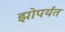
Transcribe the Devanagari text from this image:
झोपर्यंत